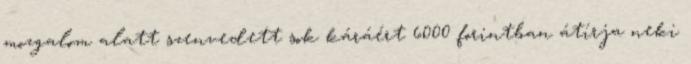
mozgalom alatt szenvedett sok káráért 6000 forintban átírja neki